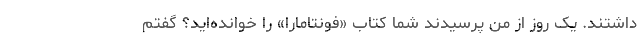
داشتند. یک روز از من پرسیدند شما کتاب «فونتامارا» را خوانده‌اید؟ گفتم